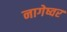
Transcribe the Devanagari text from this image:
नागेष्वर